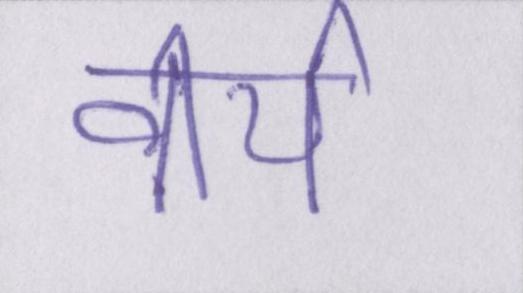
वीर्य